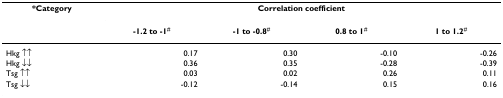
| *Category | <COLSPAN=4> Correlation coefficient |
 |  | -1.2 to -1# | -1 to -0.8# | 0.8 to 1# | 1 to 1.2# |
 | --- | --- | --- | --- | --- |
 | Hkg ↑↑ | 0.17 | 0.30 | -0.10 | -0.26 |
 | Hkg ↓↓ | 0.36 | 0.35 | -0.28 | -0.39 |
 | Tsg ↑↑ | 0.03 | 0.02 | 0.26 | 0.11 |
 | Tsg ↓↓ | -0.12 | -0.14 | 0.15 | 0.16 |